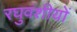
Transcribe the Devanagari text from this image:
रघुवंशीयों